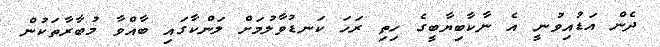
ދެން އަޑުއިވުނީ އެ ނާކާބިޔާބީގެ ހިތި ރަހަ ކަނޑުވާލުމަށް ލަންކާގައި ބާއްވާ މުބާރާތަކުން